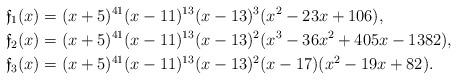
LaTeX: \begin{align*} \mathfrak{f}_1(x) &= (x+5)^{41} (x-11)^{13} (x-13)^3 (x^2-23x+106), \\ \mathfrak{f}_2(x) &= (x+5)^{41} (x-11)^{13} (x-13)^2 (x^3-36x^2+405x-1382), \\ \mathfrak{f}_3(x) &= (x+5)^{41} (x-11)^{13} (x-13)^2 (x-17) (x^2-19x+82).\end{align*}